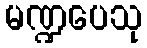
မဏ္ဍပေသု